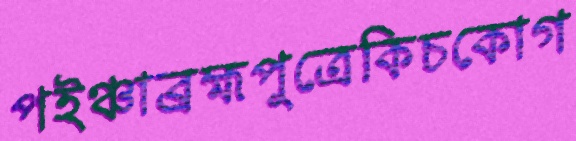
পইঞ্চাব্রহ্মপুত্রেকিচকোগ